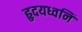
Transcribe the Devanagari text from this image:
हृदयध्वनि